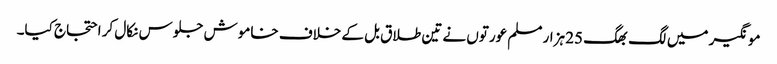
مونگیر میں لگ بھگ 25 ہزار مسلم عورتوں نے تین طلاق بل کے خلاف خاموش جلوس نکال کر احتجاج کیا۔